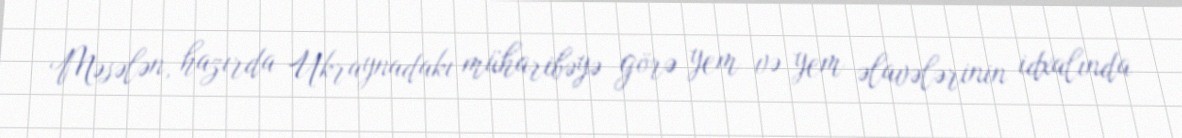
Məsələn, hazırda Ukraynadakı müharibəyə görə yem və yem əlavələrinin idxalında